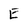
Character: E